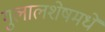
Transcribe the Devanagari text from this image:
गुलालशेषमधे